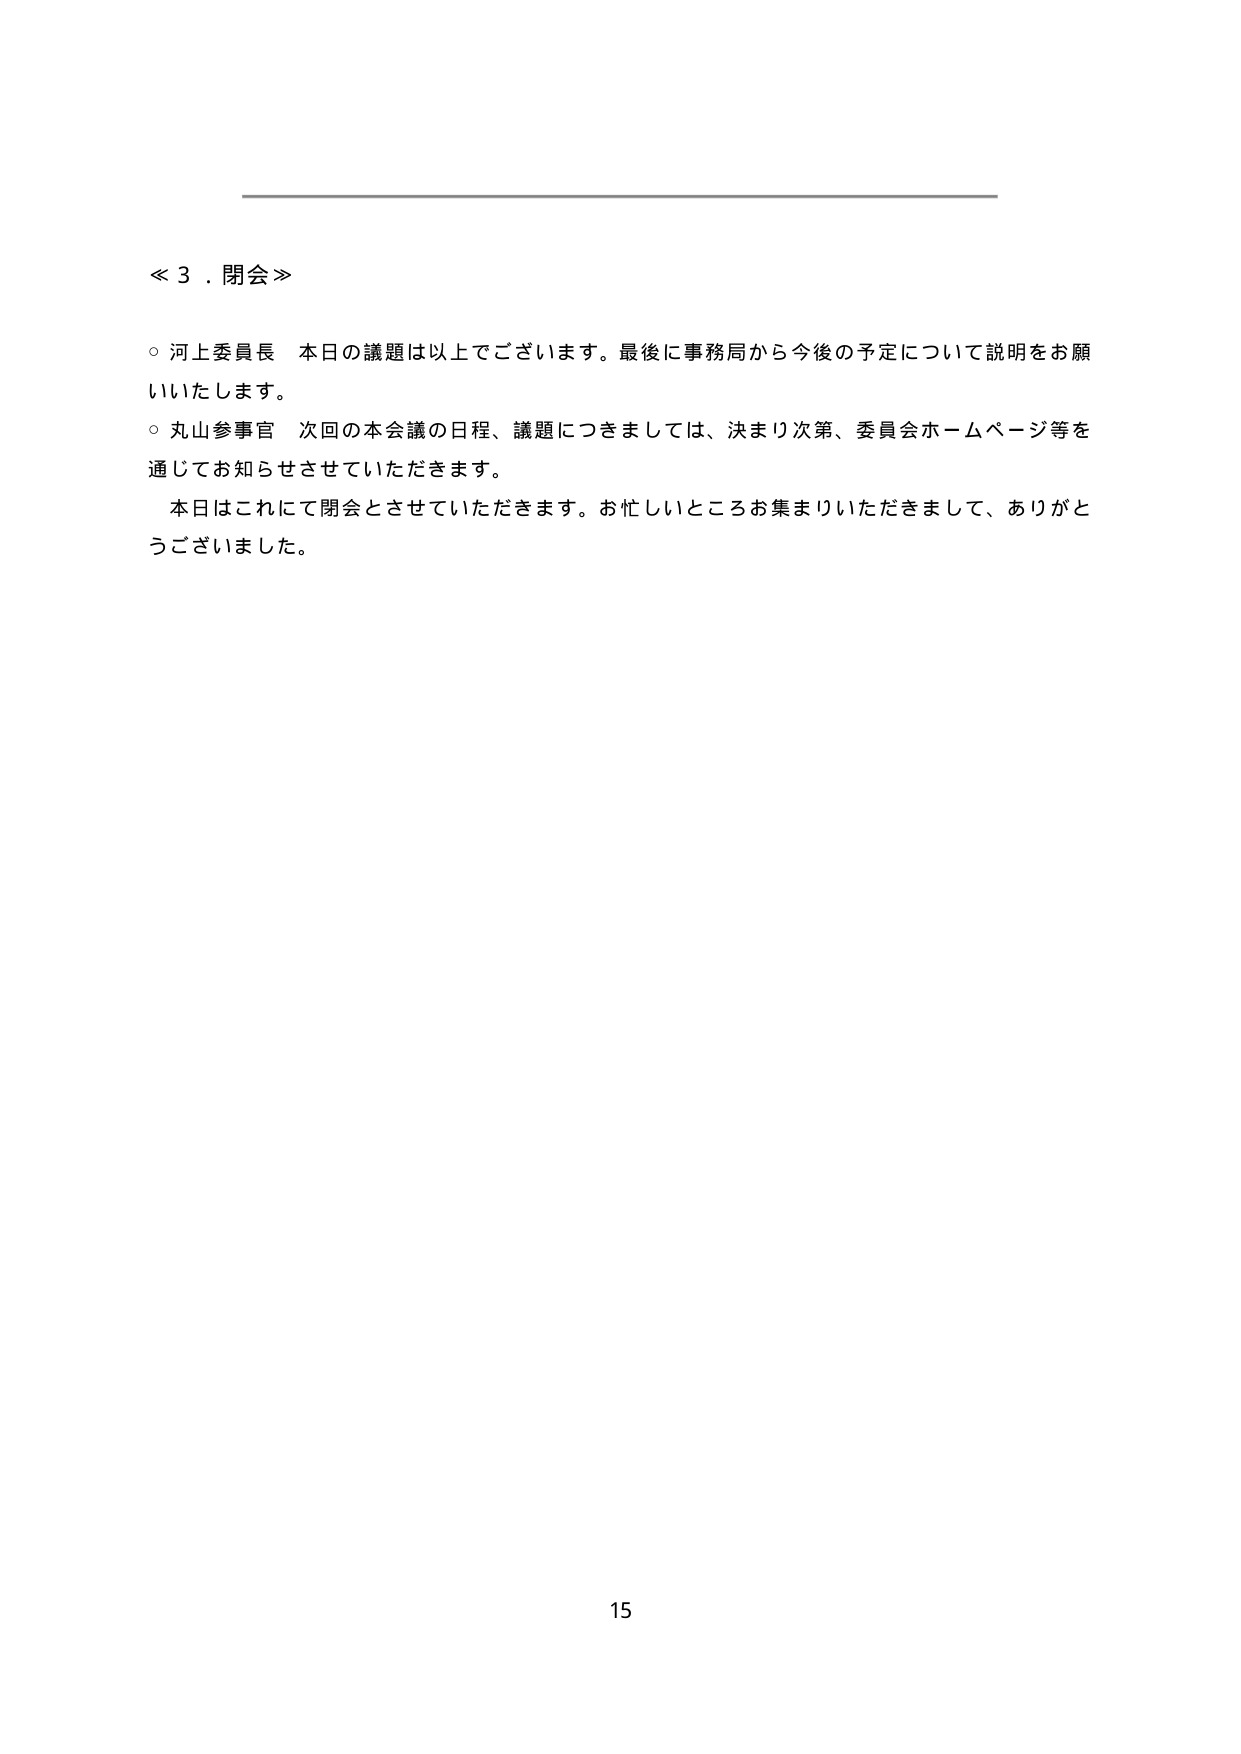
≪３．閉会≫

○ 河上委員長 本日の議題は以上でございます。最後に事務局から今後の予定について説明をお願いいたします。

○ 丸山参事官 次回の本会議の日程、議題につきましては、決まり次第、委員会ホームページ等を通じてお知らせさせていただきます。

本日はこれにて閉会とさせていただきます。お忙しいところお集まりいただきまして、ありがとうございました。

15